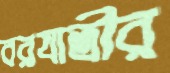
বরযাত্রীর